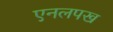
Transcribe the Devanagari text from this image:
एनलपख